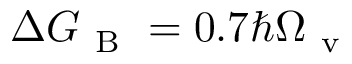
\Delta G _ { \mathrm { ~ B ~ } } = 0 . 7 \hbar \Omega _ { \mathrm { ~ v ~ } }